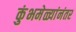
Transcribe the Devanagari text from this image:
कुंभमेळ्यांनंतर